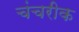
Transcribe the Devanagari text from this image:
चंचरीक